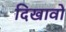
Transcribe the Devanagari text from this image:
दिखावों